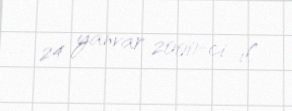
24 yanvar 2000-ci il